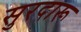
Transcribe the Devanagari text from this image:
सुरदारू